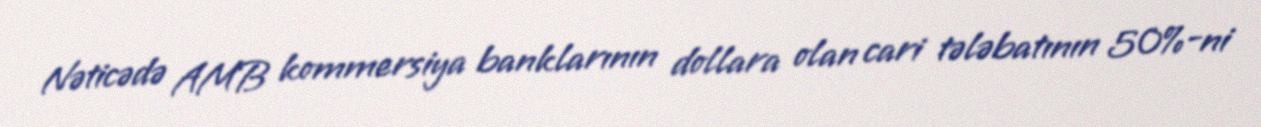
Nəticədə AMB kommersiya banklarının dollara olan cari tələbatının 50%-ni